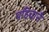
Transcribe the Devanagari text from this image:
पहिचानै